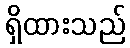
ရှိထားသည်